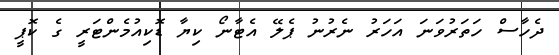
ދެހާސް ހަތަރުވަނަ އަހަރު ނެރުނު ޕެލޭ އެޓާނޯ ކިޔާ ޑޮކިއުމެންޓަރީ ގެ ކޮޕީ